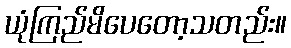
ယုံကြည်မိပေတော့သတည်း။